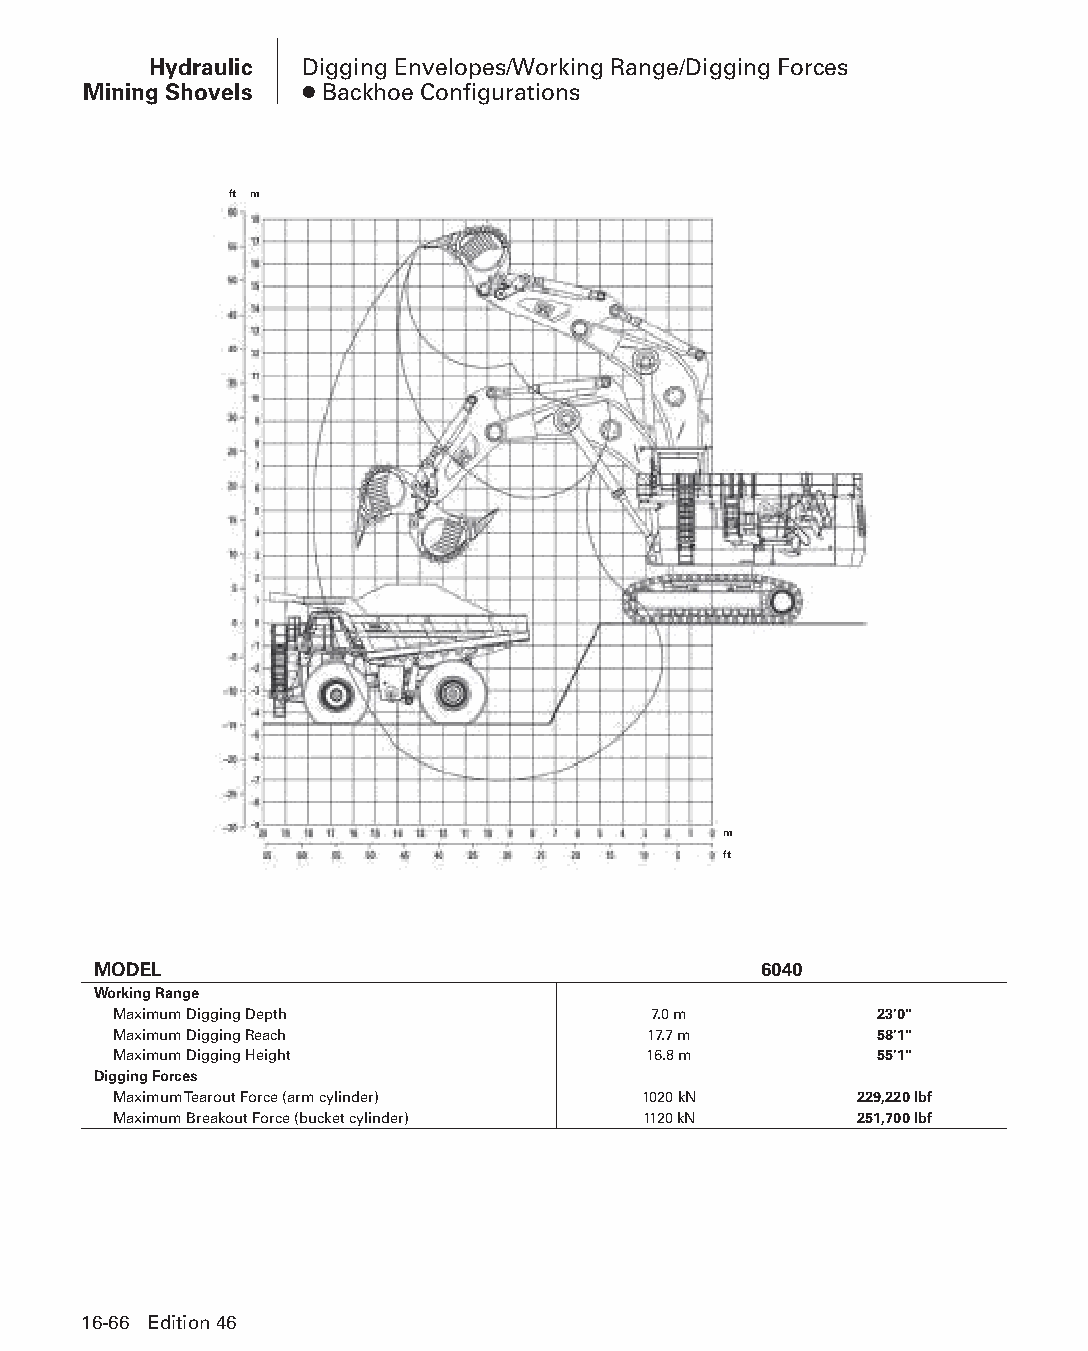
Hydraulic Digging Envelopes/Working Range/Digging Forces
 Mining Shovels ● Backhoe Configurations
 ft m
 m
 ft
 MODEL                                       6040
 Working Range
 Maximum Digging Depth              7.0 m          23'0"
 Maximum Digging Reach              17.7 m         58'1"
 Maximum Digging Height             16.8 m         55'1"
 Digging Forces
 Maximum Tearout Force (arm cylinder) 1020 kN     229,220 lbf
 Maximum Breakout Force (bucket cylinder) 1120 kN 251,700 lbf
 16-66 Edition 46
 PPHHBB--SSeecc1166--HHyyddrraauulliiccMMiinniinnggSShhoovveellss((ppgg004499--111100))..iinndddd 6666 1122//44//1155 1100::5533 AAMM